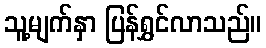
သူ့မျက်နှာ ပြန်ရွှင်လာသည်။